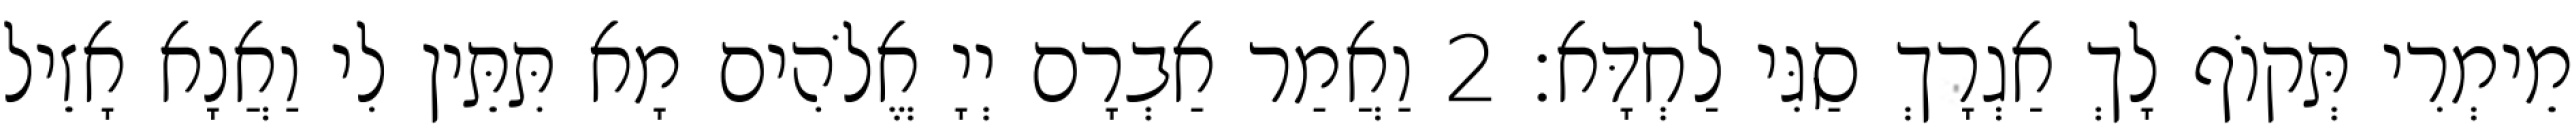
מֵימְרִי תְּקוֹף לָךְ אַגְרָךְ סַגִּי לַחְדָּא׃ 2 וַאֲמַר אַבְרָם יְיָ אֱלֹהִים מָא תִּתֵּין לִי וַאֲנָא אָזֵיל